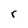
Character: r